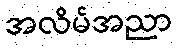
အလိမ်အညာ